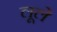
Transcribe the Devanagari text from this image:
लूले